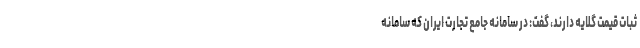
ثبات قیمت گلایه دارند، گفت: در سامانه جامع تجارت ایران که سامانه